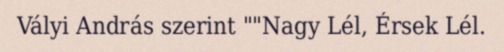
Vályi András szerint ""Nagy Lél, Érsek Lél.